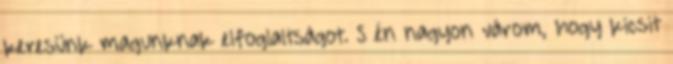
keresünk magunknak elfoglaltságot. S én nagyon várom, hogy kicsit